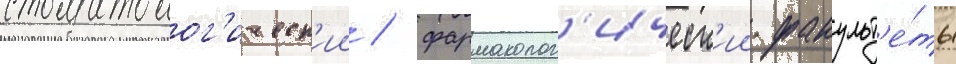
стоматолог'ическ'ии / фармаколог'ическ'ии факульт'е́ты